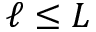
\ell \leq L